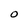
Character: 0